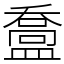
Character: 䀉